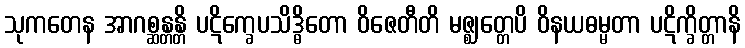
သုကတေန အာဂစ္ဆန္တန္တိ ပဋိက္ခေပသိဒ္ဓိတော ဝိဇေတီတိ မဇ္ဈတ္တေပိ ဝိနယဓမ္မတာ ပဋိက္ခိတ္တာနိ